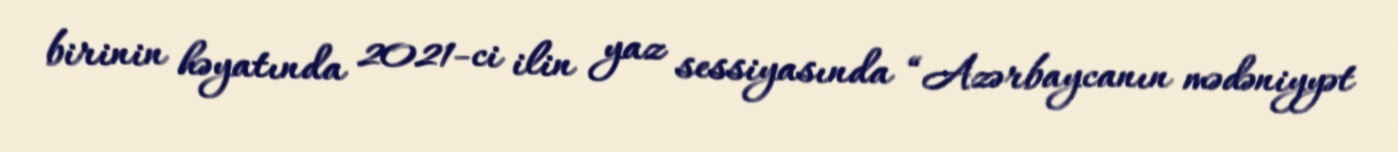
birinin həyatında 2021-ci ilin yaz sessiyasında “Azərbaycanın mədəniyyət